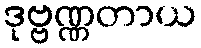
ဒုဗ္ဗဏ္ဏတာယ